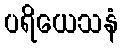
ပရိယေသနံ